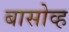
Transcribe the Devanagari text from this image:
बासोव्ह